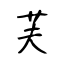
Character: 芙